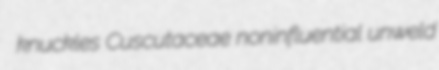
knuckles Cuscutaceae noninfluential unweld